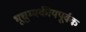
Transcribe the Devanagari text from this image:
भूचुम्बकीयपूर्वक